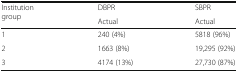
| <ROWSPAN=2> Institution group | DBPR | SBPR |
 | Actual | Actual |
 | --- | --- | --- |
 | 1 | 240 (4%) | 5818 (96%) |
 | 2 | 1663 (8%) | 19,295 (92%) |
 | 3 | 4174 (13%) | 27,730 (87%) |